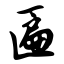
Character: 匾